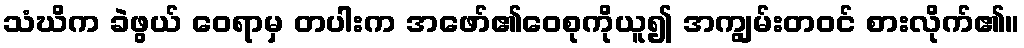
သံဃိက ခဲဖွယ် ဝေရာမှ တပါးက အဖော်၏ဝေစုကိုယူ၍ အကျွမ်းတဝင် စားလိုက်၏။